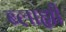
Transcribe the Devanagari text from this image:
ब्लाह्यी